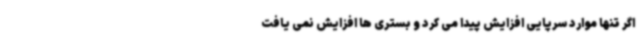
اگر تنها موارد سرپایی افزایش پیدا می کرد و بستری ها افزایش نمی یافت